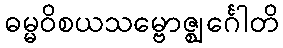
ဓမ္မဝိစယသမ္ဗောဇ္ဈင်္ဂေါတိ